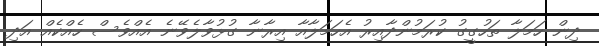
ދިން ހަމަލާ ތަހުގީގު ކުރަމުންދާއިރު އެހަމަލާއާ އިރާނާ ގުޅުވާލެވޭނެ އެއްވެސް ހެއްކެއް އަދި